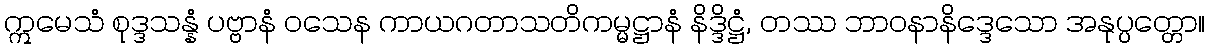
ဣမေသံ စုဒ္ဒသန္နံ ပဗ္ဗာနံ ဝသေန ကာယဂတာသတိကမ္မဋ္ဌာနံ နိဒ္ဒိဋ္ဌံ, တဿ ဘာဝနာနိဒ္ဒေသော အနုပ္ပတ္တော။